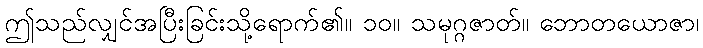
ဤသည်လျှင်အပြီးခြင်းသို့ရောက်၏။ ၁၀။ သမုဂ္ဂဇာတ်။ ဘောတယောဇာ၊